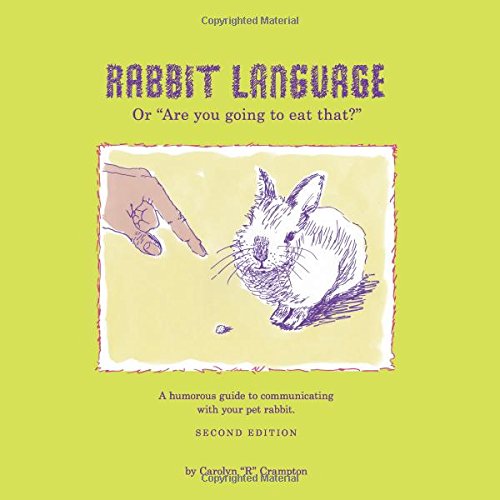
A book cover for Rabbit Language or Are You Going to Eat That?; Carolyn R. Crampton; Crafts, Hobbies & Home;